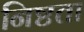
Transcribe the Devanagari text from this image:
निष्टता